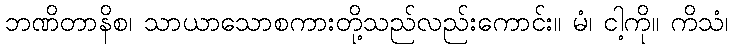
ဘဏိတာနိစ၊ သာယာသောစကားတို့သည်လည်းကောင်း။ မံ၊ ငါ့ကို။ ကိသံ၊